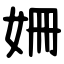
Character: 姍